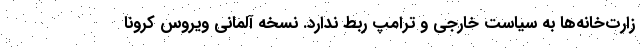
زارت‌خانه‌ها به سیاست خارجی و ترامپ ربط ندارد. نسخه آلمانی ویروس کرونا